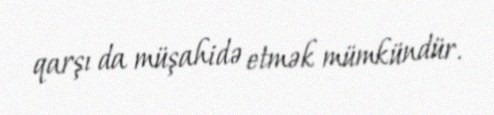
qarşı da müşahidə etmək mümkündür.